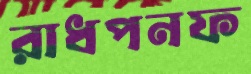
রাধপনফ